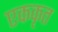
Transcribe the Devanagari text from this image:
एककृत